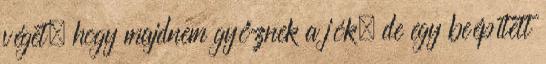
véget, hogy majdnem győznek a jók, de egy beépített